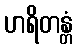
ဟရိတန္တံ